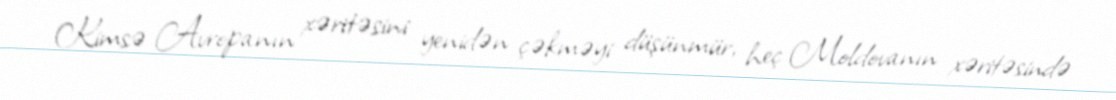
Kimsə Avropanın xəritəsini yenidən çəkməyi düşünmür, heç Moldovanın xəritəsində